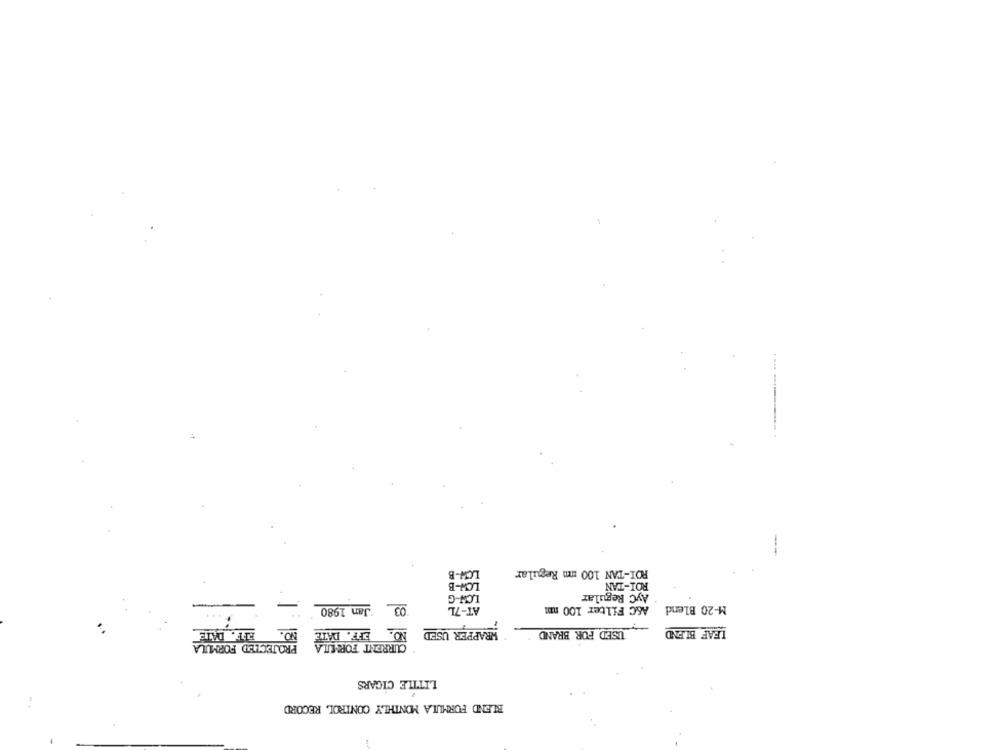
POI-TAN 100 mm Regular
CH-B
LOW-B
ROI-TAN
LOW-G
AyC Regular
Jan 1980
03
AT-7L
A&C Filter 100 nm
M-20 Blend
NO.
NO.
WRAPPER USED
LEAF BLEND
EFF. DATE
EFF. DATE
CURRENT FORMULA
USED FOR BRAND
PROTECTED FORMULA
LITTLE CIGARS
BLEND FORMULA MONTHLY CONTROL RECORD